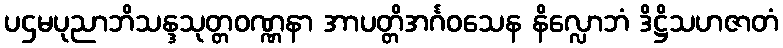
ပဌမပုညာဘိသန္ဒသုတ္တဝဏ္ဏနာ အာပတ္တိအင်္ဂဝသေန နိလ္လောဘံ ဒိဋ္ဌိသဟဇာတံ